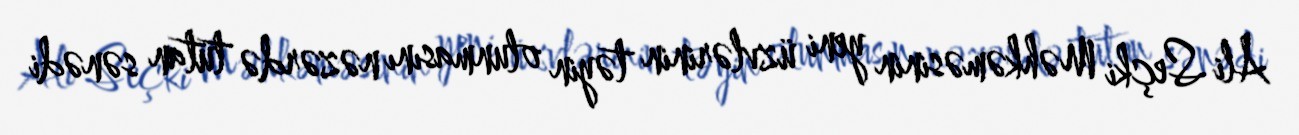
Ali Seçki Məhkəməsinin yeni üzvlərinin təyin olunmasını nəzərdə tutan sənədi